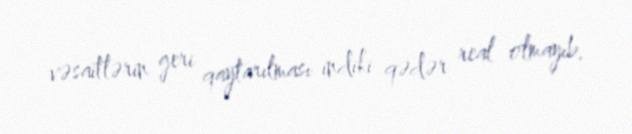
vəsaitlərin geri qaytarılması indiki qədər real olmayıb.